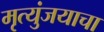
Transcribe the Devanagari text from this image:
मृत्युंजयाचा